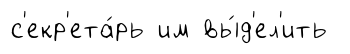
с'екр'ета́рь им вы́д'ел'ить